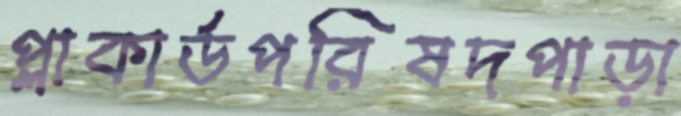
প্লাকার্ডপরিষদপাড়া